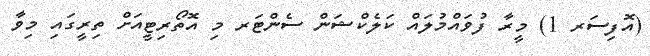
(އޮފިސަރ 1) މީރާ ފުވައްމުލައް ކަލެކްޝަން ސެންޓަރ މި އޮތޯރިޓީއަށް ތިރީގައި މިވާ